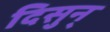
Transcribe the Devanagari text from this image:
दिसुन्